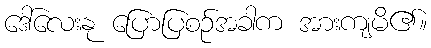
ဒေါ်လေးနု ပြောပြစဉ်အခါက အားကျမိ၏။